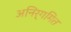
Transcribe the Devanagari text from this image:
अनिर्गमित